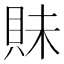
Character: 𧵖